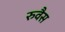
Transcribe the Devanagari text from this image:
रुवैस